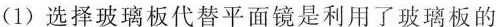
(1)选择玻璃板代替平面镜是利用了玻璃板的